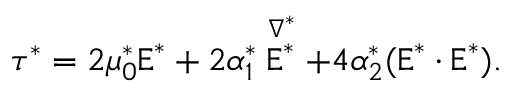
\boldsymbol { \tau } ^ { * } = 2 \mu _ { 0 } ^ { * } \boldsymbol { \mathrm { E } } ^ { * } + 2 \alpha _ { 1 } ^ { * } \stackrel { \nabla ^ { * } } { \boldsymbol { \mathrm { E } } ^ { * } } + 4 \alpha _ { 2 } ^ { * } ( \boldsymbol { \mathrm { E } } ^ { * } \cdot \boldsymbol { \mathrm { E } } ^ { * } ) .